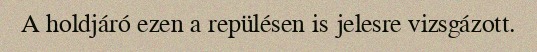
A holdjáró ezen a repülésen is jelesre vizsgázott.